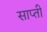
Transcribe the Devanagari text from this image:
साप्ती